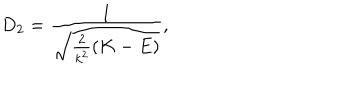
D _ { 2 } = \frac { 1 } { \sqrt { \frac { 2 } { k ^ { 2 } } ( K - E ) } } ,